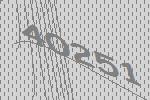
40251